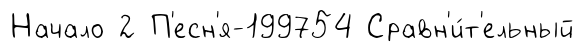
Начало 2 П'есн'я-199754 Сравн'и́т'ельный